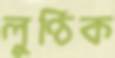
লুণ্ঠিক